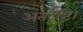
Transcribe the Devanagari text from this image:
अंतर्दृष्टि।